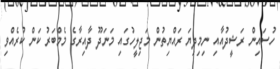
ހުސައިން ރަޝީދުއާއި ނިމިދިޔަ ރައްޔިތުން މަޖިލީހުގައި މަނަދޫ ދާއިރާގެ މެމްބަރު ކަން ކުރެއްވި